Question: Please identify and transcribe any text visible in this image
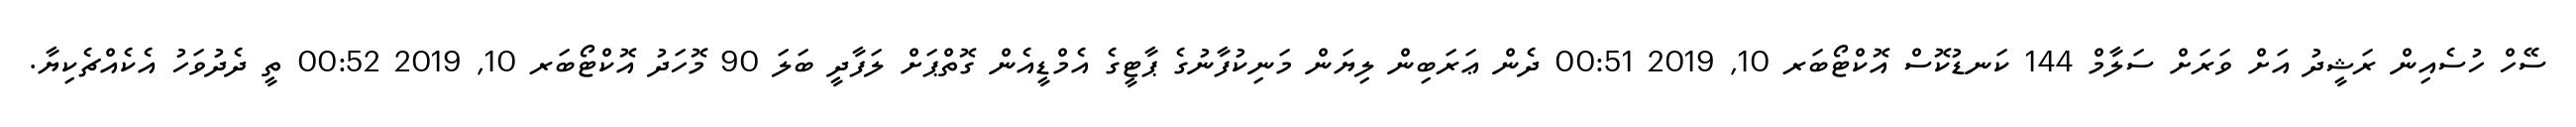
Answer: ސޭހް ހުސެއިން ރަޝީދު އަށް ވަރަށް ސަލާމް 144 ކަނޑުކޮސް އޮކްޓޯބަރ 10, 2019 00:51 ދެން ޢަރަބިން ލިޔަން މަނިކުފާނުގެ ޕާޓީގެ އެމްޑީއެން ގޮތްޕަށް ލަފާދީ ބަލަ 90 މޮހަދު އޮކްޓޯބަރ 10, 2019 00:52 ތީ ދެދުވަހު އެކެއްޗެކިޔާ.